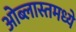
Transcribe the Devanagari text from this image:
ओब्लास्तमध्ये